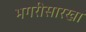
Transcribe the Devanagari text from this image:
भगरीसारखा